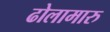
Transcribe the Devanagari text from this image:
ढोलामारु